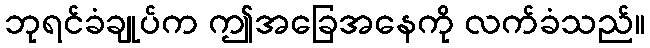
ဘုရင်ခံချုပ်က ဤအခြေအနေကို လက်ခံသည်။